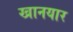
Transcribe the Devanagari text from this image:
खानयार